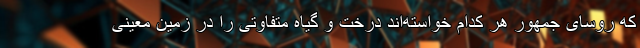
که روسای جمهور هر کدام خواسته‌اند درخت و گیاه متفاوتی را در زمین معینی